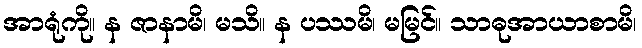
အာရုံကို။ န ဇာနာမိ၊ မသိ။ န ပဿမိ၊ မမြင်။ သာဓုအာယာစာမိ၊